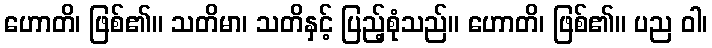
ဟောတိ၊ ဖြစ်၏။ သတိမာ၊ သတိနှင့် ပြည့်စုံသည်။ ဟောတိ၊ ဖြစ်၏။ ပည ဝါ၊